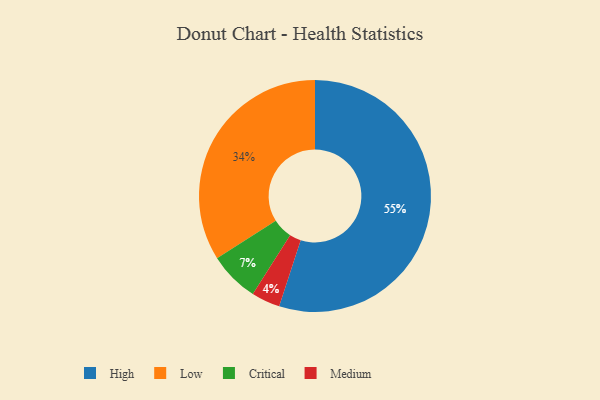
{"axis": {"x": "Category", "y": "Percentage"}, "legend": ["Critical", "High", "Low", "Medium"], "data": [{"x": "Critical", "y": 7, "type": "Critical"}, {"x": "Medium", "y": 4, "type": "Medium"}, {"x": "Low", "y": 34, "type": "Low"}, {"x": "High", "y": 55, "type": "High"}]}